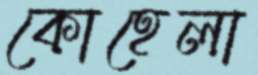
কোহেলা